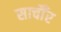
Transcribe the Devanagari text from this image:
साचौँर